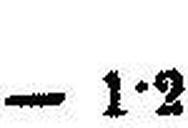
— 1•2